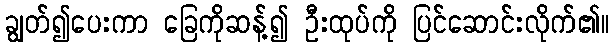
ချွတ်၍ပေးကာ ခြေကိုဆန့်၍ ဦးထုပ်ကို ပြင်ဆောင်းလိုက်၏။